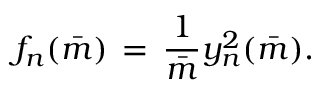
f _ { n } ( \bar { m } ) \, = \, { \frac { 1 } { \bar { m } } } y _ { n } \sp 2 ( \bar { m } ) .